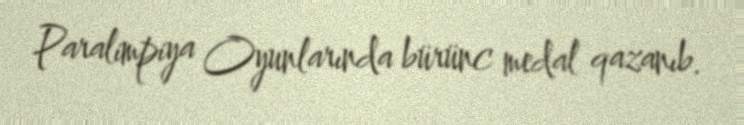
Paralimpiya Oyunlarında bürünc medal qazanıb.